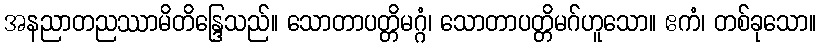
အနညာတညဿာမိတိန္ဒြေသည်။ သောတာပတ္တိမဂ္ဂံ၊ သောတာပတ္တိမဂ်ဟူသော။ ဧကံ၊ တစ်ခုသော။